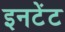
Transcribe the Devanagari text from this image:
इनटेंट